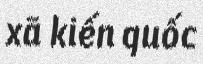
xã kiến quốc